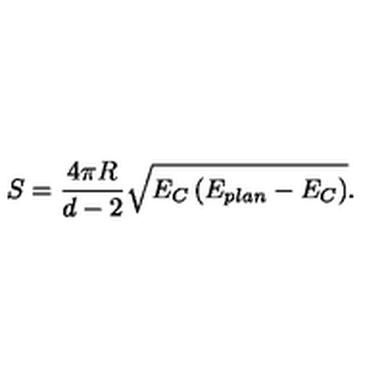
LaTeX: S = \frac { 4 \pi R } { d - 2 } \sqrt { E _ { C } \left( E _ { p l a n } - E _ { C } \right) } .